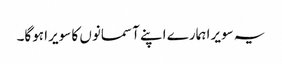
یہ سویرا ہمارے اپنے آسمانوں کا سویرا ہوگا۔